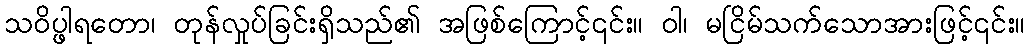
သဝိပ္ဖါရတော၊ တုန်လှုပ်ခြင်းရှိသည်၏ အဖြစ်ကြောင့်၎င်း။ ဝါ၊ မငြိမ်သက်သောအားဖြင့်၎င်း။